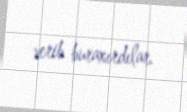
verib buraxırdılar.